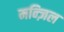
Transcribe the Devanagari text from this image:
मन्ज़िल